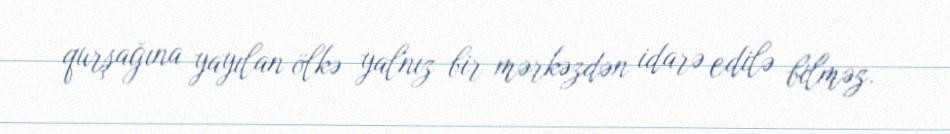
qurşağına yayılan ölkə yalnız bir mərkəzdən idarə edilə bilməz.